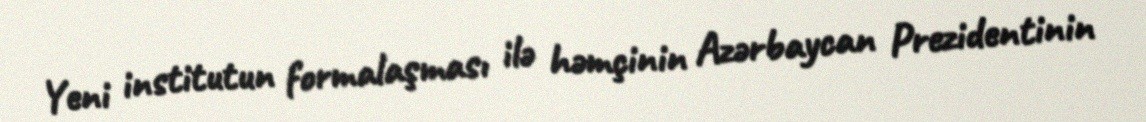
Yeni institutun formalaşması ilə həmçinin Azərbaycan Prezidentinin